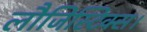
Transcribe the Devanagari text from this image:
लौजिस्टिक्स।